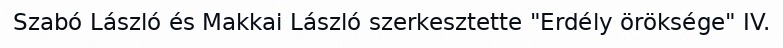
Szabó László és Makkai László szerkesztette "Erdély öröksége" IV.